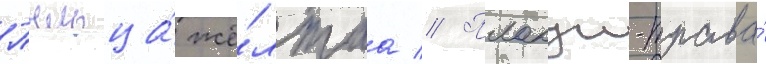
Пыльца́ жё́лтаа // Плакун-трава́